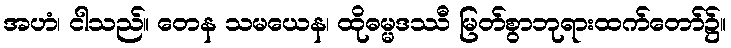
အဟံ၊ ငါသည်။ တေန သမယေန၊ ထိုဓမ္မဒဿီ မြတ်စွာဘုရားထက်တော်၌။